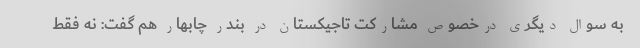
به سوال دیگری درخصوص مشارکت تاجیکستان در بندر چابهار هم گفت: نه فقط